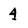
Character: 4